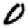
Digit: 0